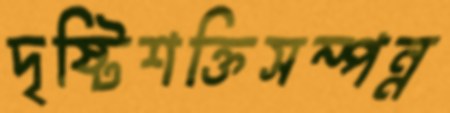
দৃষ্টিশক্তিসম্পন্ন